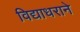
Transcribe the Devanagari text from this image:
विद्याधराने